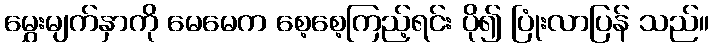
မွှေးမျက်နှာကို မေမေက စေ့စေ့ကြည့်ရင်း ပို၍ ပြုံးလာပြန် သည်။